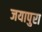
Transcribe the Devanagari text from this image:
जयापुरा